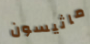
ماثيسون